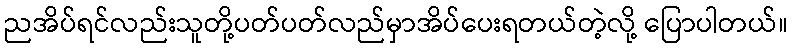
ညအိပ်ရင်လည်းသူတို့ပတ်ပတ်လည်မှာအိပ်ပေးရတယ်တဲ့လို့ ပြောပါတယ်။